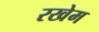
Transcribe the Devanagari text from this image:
रखेम